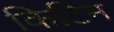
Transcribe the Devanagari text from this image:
किटिन